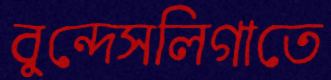
বুন্দেসলিগাতে